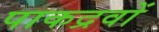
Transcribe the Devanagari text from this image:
पाकद्रवों